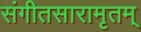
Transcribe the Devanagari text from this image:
संगीतसारामृतम्